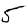
Digit: 5